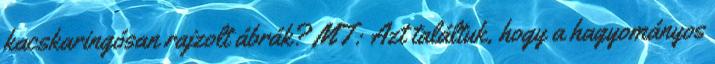
kacskaringósan rajzolt ábrák? MT: Azt találtuk, hogy a hagyományos